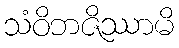
သံဝိဘဇိဿာမိ